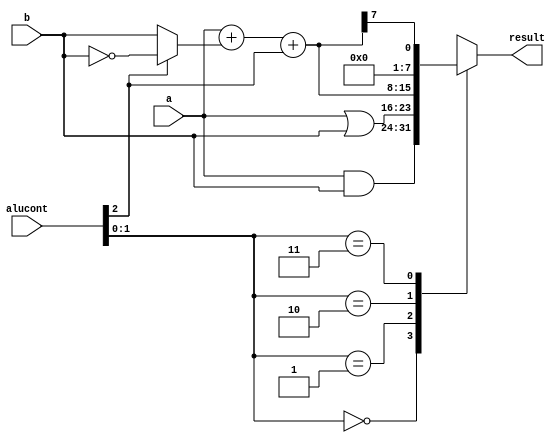
module alu #(parameter WIDTH = 8)
            (input      [WIDTH-1:0] a, b,
             input      [2:0]       alucont,
             output reg [WIDTH-1:0] result);

   wire     [WIDTH-1:0] b2, sum, slt;

   assign b2 = alucont[2] ? ~b:b;
   assign sum = a + b2 + alucont[2];
   // slt should be 1 if most significant bit of sum is 1
   assign slt = sum[WIDTH-1];

   always@(*)
      case(alucont[1:0])
         2'b00: result <= a & b;
         2'b01: result <= a | b;
         2'b10: result <= sum;
         2'b11: result <= slt;
      endcase
endmodule